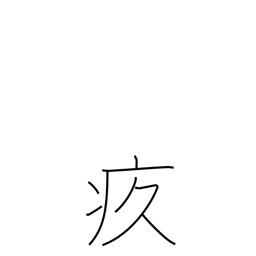
Meaning: painful